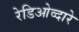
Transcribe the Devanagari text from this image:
रेडिओव्दारे